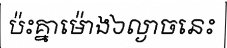
ប៉ះគ្នាម៉ោង៦ល្ងាចនេះ